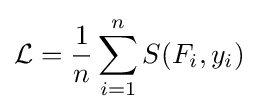
{\mathcal {L}}={\frac {1}{n}}\sum _{i=1}^{n}S(F_{i},y_{i})